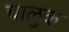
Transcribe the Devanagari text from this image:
चालुक